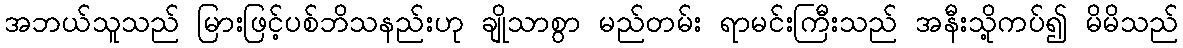
အဘယ်သူသည် မြားဖြင့်ပစ်ဘိသနည်းဟု ချိုသာစွာ မည်တမ်း ရာမင်းကြီးသည် အနီးသို့ကပ်၍ မိမိသည်